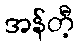
အန်တီ့